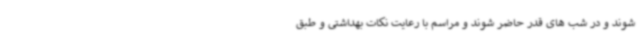
شوند و در شب های قدر حاضر شوند و مراسم با رعایت نکات بهداشتی و طبق